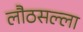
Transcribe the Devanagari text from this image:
लौठसल्ला